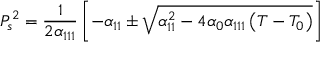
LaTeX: P _ { s } ^ { 2 } = { \frac { 1 } { 2 \alpha _ { 1 1 1 } } } \left[ - \alpha _ { 1 1 } \pm { \sqrt { \alpha _ { 1 1 } ^ { 2 } - 4 \alpha _ { 0 } \alpha _ { 1 1 1 } \left( T - T _ { 0 } \right) } } \right]